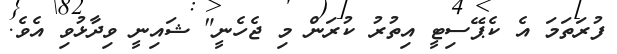
ފުރަތަމަ އެ ކެޕޭސިޓީ އިތުރު ކުރަން މި ޖެހެނީ" ޝައިނީ ވިދާޅުވި އެވެ.